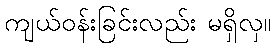
ကျယ်ဝန်းခြင်းလည်း မရှိလှ။